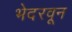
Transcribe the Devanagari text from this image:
भेदरवून